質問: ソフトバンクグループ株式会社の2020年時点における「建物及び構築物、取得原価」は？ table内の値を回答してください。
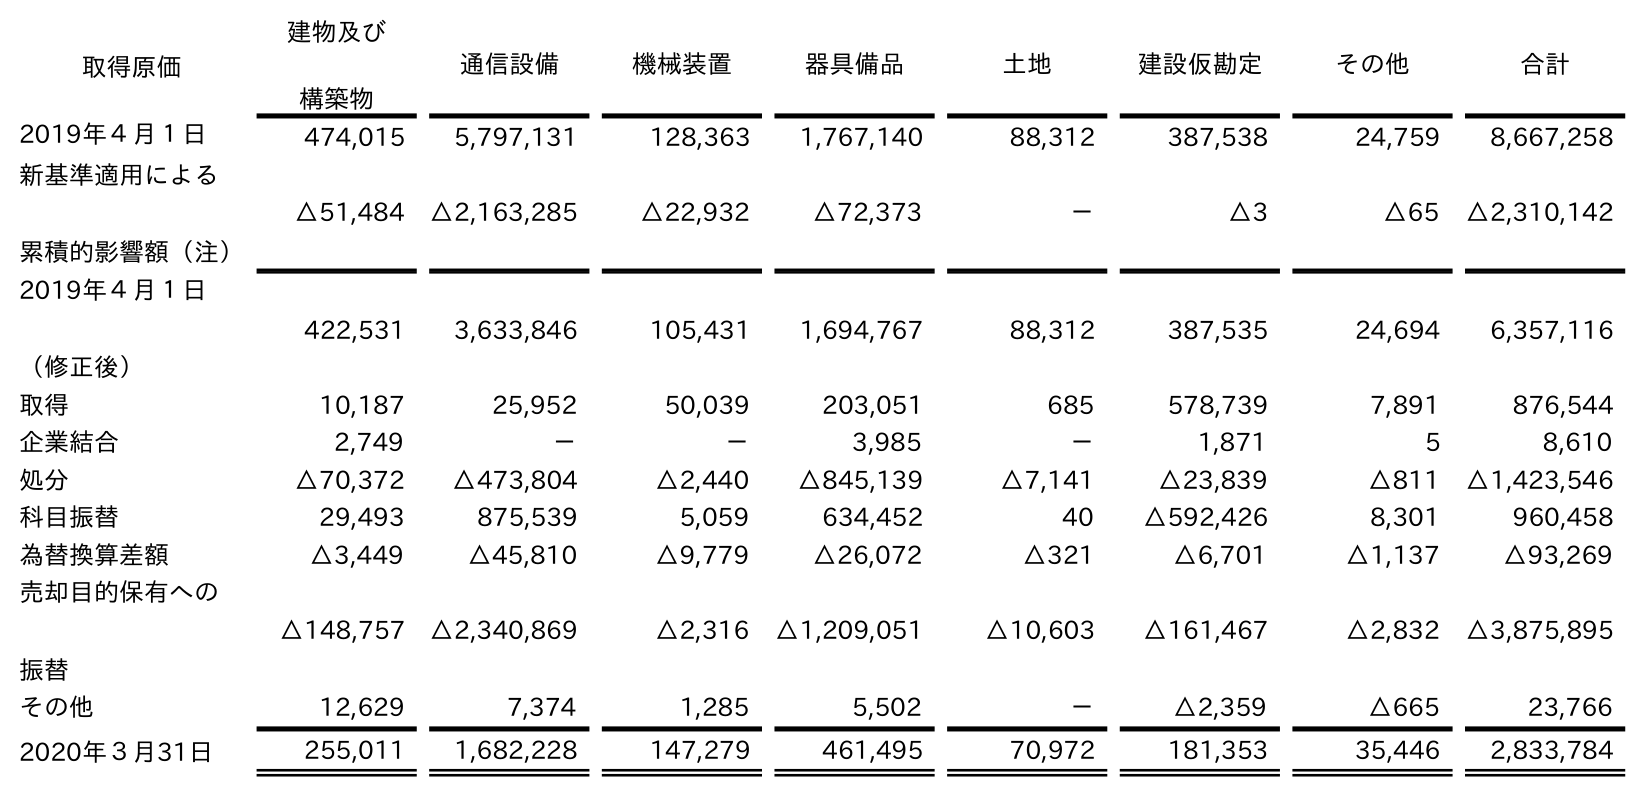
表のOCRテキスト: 取得原価 建物及び 構築物 通信設備 機械装置 器具備品 土地 建設仮勘定 その他 合計 2019年４月１日 474,015 5,797,131 128,363 1,767,140 88,312 387,538 24,759 8,667,258 新基準適用による 累積的影響額（注） △51,484 △2,163,285 △22,932 △72,373 － △3 △65 △2,310,142 2019年４月１日 （修正後） 422,531 3,633,846 105,431 1,694,767 88,312 387,535 24,694 6,357,116 取得 10,187 25,952 50,039 203,051 685 578,739 7,891 876,544 企業結合 2,749 － － 3,985 － 1,871 5 8,610 処分 △70,372 △473,804 △2,440 △845,139 △7,141 △23,839 △811 △1,423,546 科目振替 29,493 875,539 5,059 634,452 40 △592,426 8,301 960,458 為替換算差額 △3,449 △45,810 △9,779 △26,072 △321 △6,701 △1,137 △93,269 売却目的保有への 振替 △148,757 △2,340,869 △2,316 △1,209,051 △10,603 △161,467 △2,832 △3,875,895 その他 12,629 7,374 1,285 5,502 － △2,359 △665 23,766 2020年３月31日 255,011 1,682,228 147,279 461,495 70,972 181,353 35,446 2,833,784
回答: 255,011